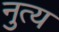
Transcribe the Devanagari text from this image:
नुत्य